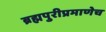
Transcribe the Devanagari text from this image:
ब्रह्मपुरीप्रमाणेच